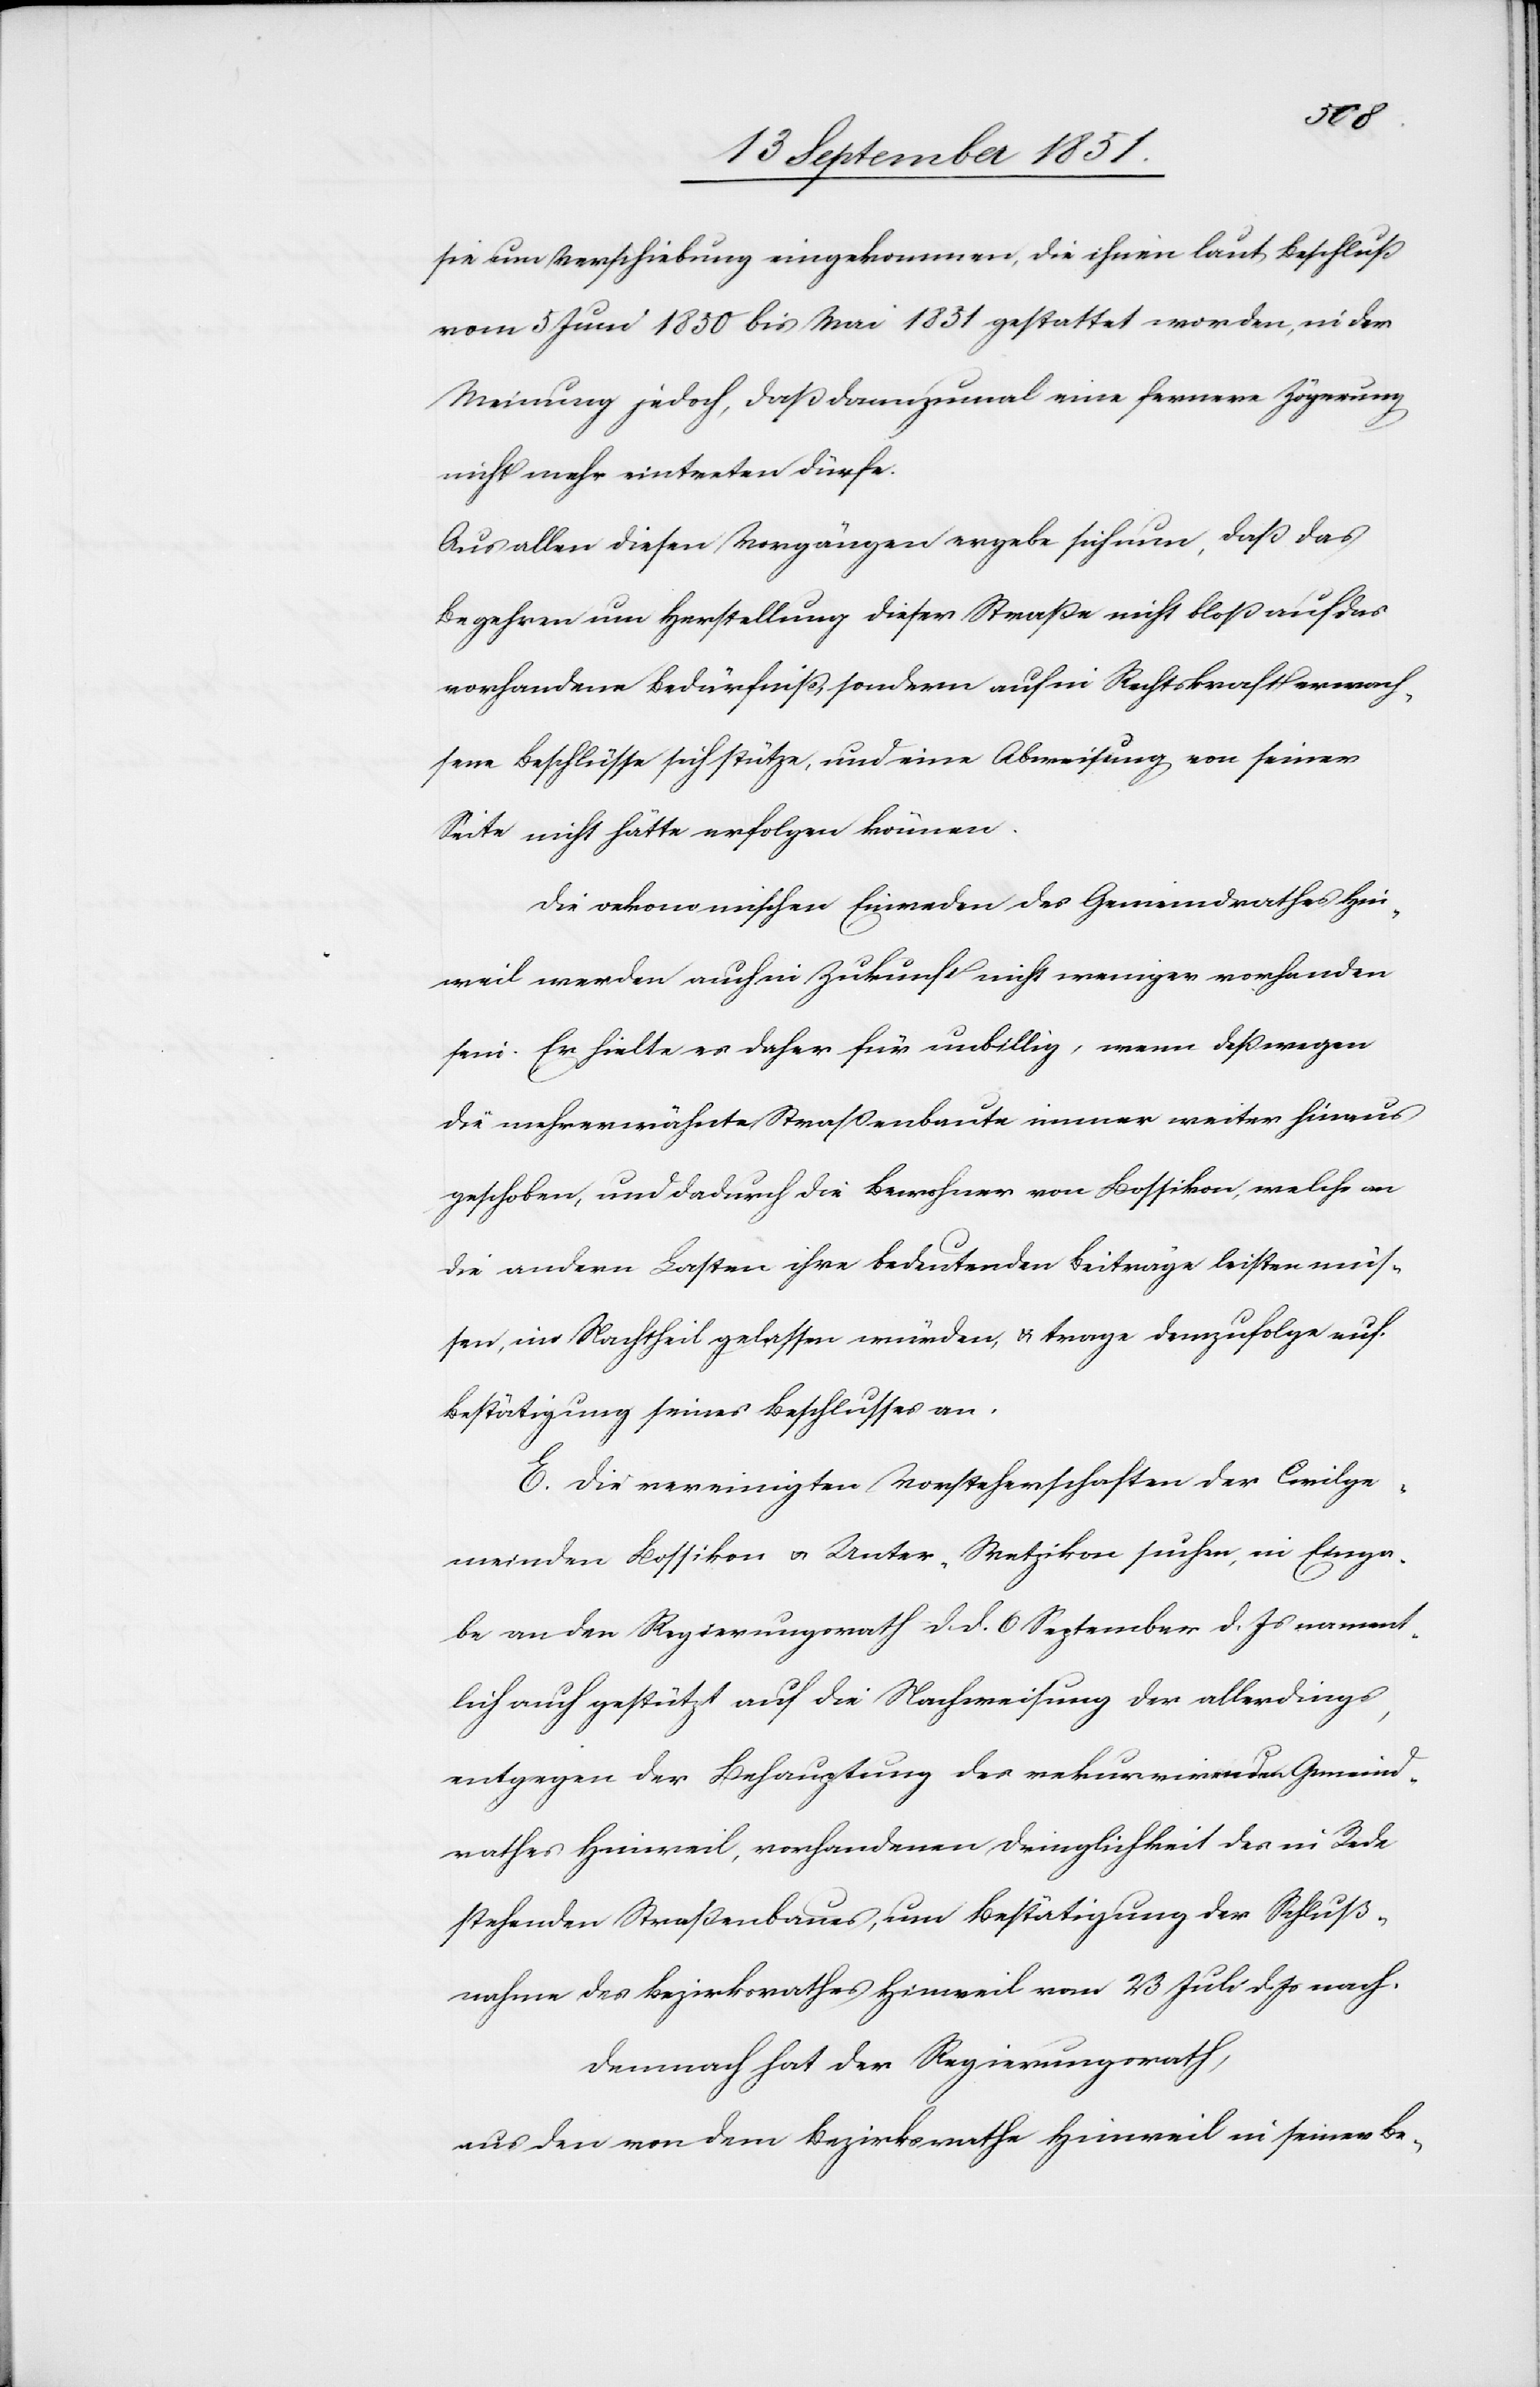
sie um Verschiebung eingekommen, die ihnen laut Beschluß
vom 5 Juni 1850 bis Mai 1851 gestattet worden, in der
Meinung jedoch, daß dannzumal eine fernere Zögerung
nicht mehr eintreten dürfe.
Aus allen diesen Vorgängen ergebe sich nun, daß das
Begehren um Herstellung dieser Straße nicht bloß auf das
vorhandene Bedürfniß, sondern auf in Rechtskraft erwach¬
sene Beschlüsse sich stütze, und eine Abweisung von seiner
Seite nicht hätte erfolgen können.
Die oekonomischen Einreden des Gemeindrathes Hin¬
weil werden auch in Zukunft nicht weniger vorhanden
sein. Er hielte es daher für unbillig, wenn deßwegen
die mehrerwähnte Straßenbaute immer weiter hinaus
geschoben, und dadurch die Bewohner von Bossikon, welche an
die andern Lasten ihre bedeutenden Beiträge leisten müs¬
sen, im Nachtheil gelassen würden, & trage demzufolge auf
Bestätigung seines Beschlusses an.
E. Die vereinigten Vorsteherschaften der Civilge¬
meinden Bossikon & Unter-Wetzikon suchen, in Einga¬
be an den Regierungsrath d. d. 6 September d. Js nament¬
lich auch gestützt auf die Nachweisung der allerdings,
entgegen der Behauptung des rekurrirenden Gemeind¬
rathes Hinweil, vorhandenen Dringlichkeit des in Rede
stehenden Straßenbaues, um Bestätigung der Schluß¬
nahme des Bezirksrathes Hinweil vom 23 Juli d. Js nach.
Demnach hat der Regierungsrath,
aus den von dem Bezirksrathe Hinweil in seiner Be-